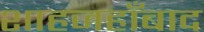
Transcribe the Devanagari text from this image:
शाहजहाँबाद